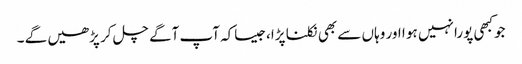
جوکبھی پورا نہیں ہو ا اور وہاں سے بھی نکلنا پڑا،جیساکہ آپ آگے چل کر پڑھیں گے ۔